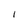
Character: I